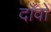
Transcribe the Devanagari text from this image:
दाँवों